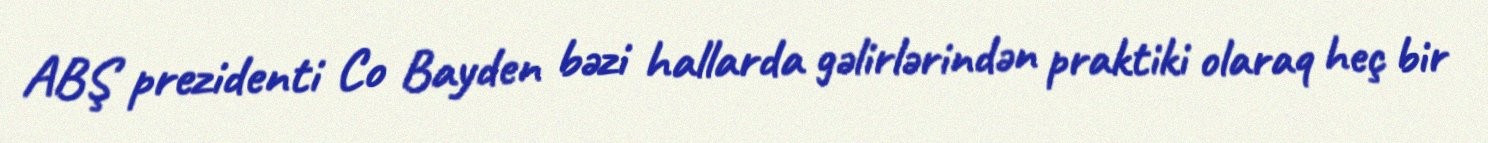
ABŞ prezidenti Co Bayden bəzi hallarda gəlirlərindən praktiki olaraq heç bir